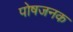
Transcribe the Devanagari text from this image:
पोषजनक